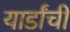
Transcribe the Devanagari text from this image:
यार्डांची